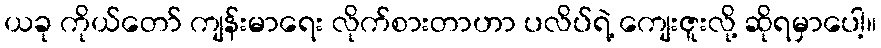
ယခု ကိုယ်တော် ကျန်းမာရေး လိုက်စားတာဟာ ပလိပ်ရဲ့ ကျေးဇူးလို့ ဆိုရမှာပေါ့။